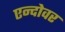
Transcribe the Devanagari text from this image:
एन्दोवर